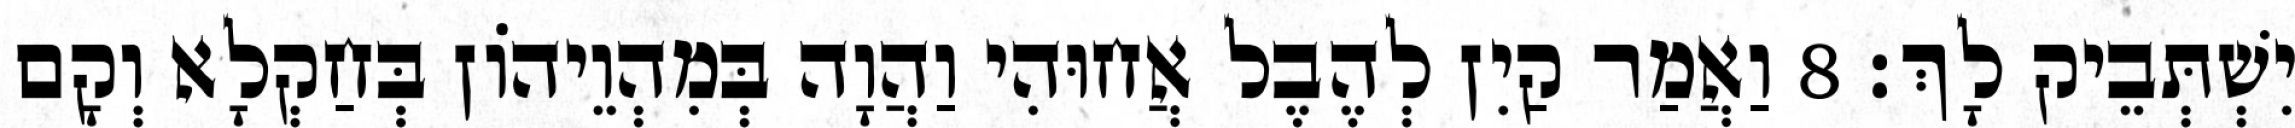
יִשְׁתְּבֵיק לָךְ׃ 8 וַאֲמַר קַיִן לְהֶבֶל אֲחוּהִי וַהֲוָה בְּמִהְוֵיהוֹן בְּחַקְלָא וְקָם